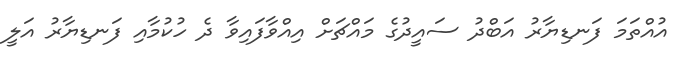
އުއްތަމަ ފަނޑިޔާރު އަބްދު ސައީދުގެ މައްޗަށް އިއްވާފައިވާ ދެ ހުކުމާއި ފަނޑިޔާރު އަލީ